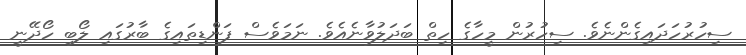
ސިހުރުހަދައިގެންނެވެ. ސިހުރުން މީހާގެ ހިތް ބަދަލުވާނެއެވެ. ނަމަވެސް ފަންޑިތައިގެ ބާރުގައި ލޯބި ހޯދޭނީ